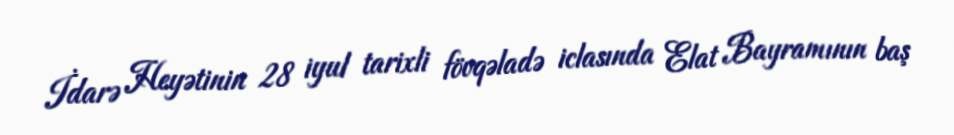
İdarə Heyətinin 28 iyul tarixli fövqəladə iclasında Elat Bayramının baş